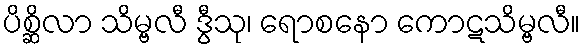
ပိစ္ဆိလာ သိမ္ဗလီ ဒွီသု၊ ရောစနော ကောဋသိမ္ဗလီ။